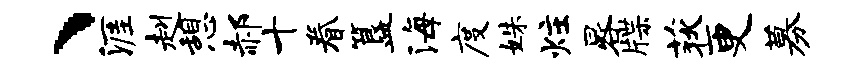
、涯赳憩郝十眷簋海度姝炷晷牒荻更募